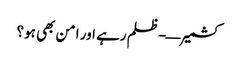
کشمیر—-ظلم رہے اور امن بھی ہو؟